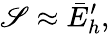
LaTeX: \mathscr{S}\approx\bar{{E}}_{h}^{\prime},